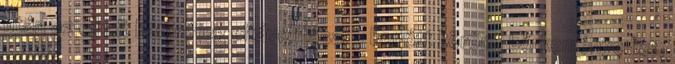
után az elhalt hámréteg eltávolítása, - benőtt köröm, bőrkeményedés,